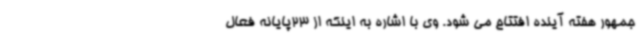
جمهور هفته آینده افتتاح می شود. وی با اشاره به اینکه از 23پایانه فعال